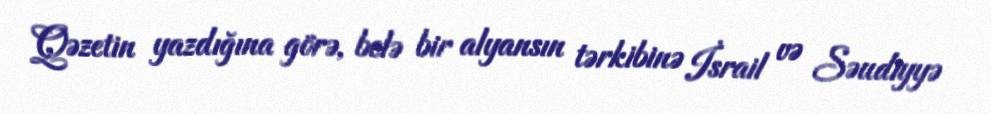
Qəzetin yazdığına görə, belə bir alyansın tərkibinə İsrail və Səudiyyə